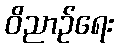
ဝိညာဉ်ရေး